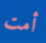
أمت